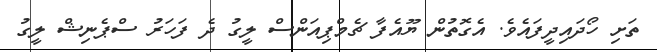
ތަށި ހޯދައިދީފައެވެ. އެގޮތުން ޔޫއެފާ ޗެމްޕިއަންސް ލީގު ދެ ފަހަރު ސްޕެނިޝް ލީގު